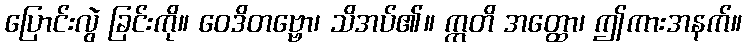
ပြောင်းလွဲ ခြင်းကို။ ဝေဒိတဗ္ဗော၊ သိအပ်၏။ ဣတိ အတ္ထော၊ ဤကားအနက်။